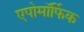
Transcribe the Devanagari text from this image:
एपोमॉर्फिक